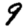
Digit: 9